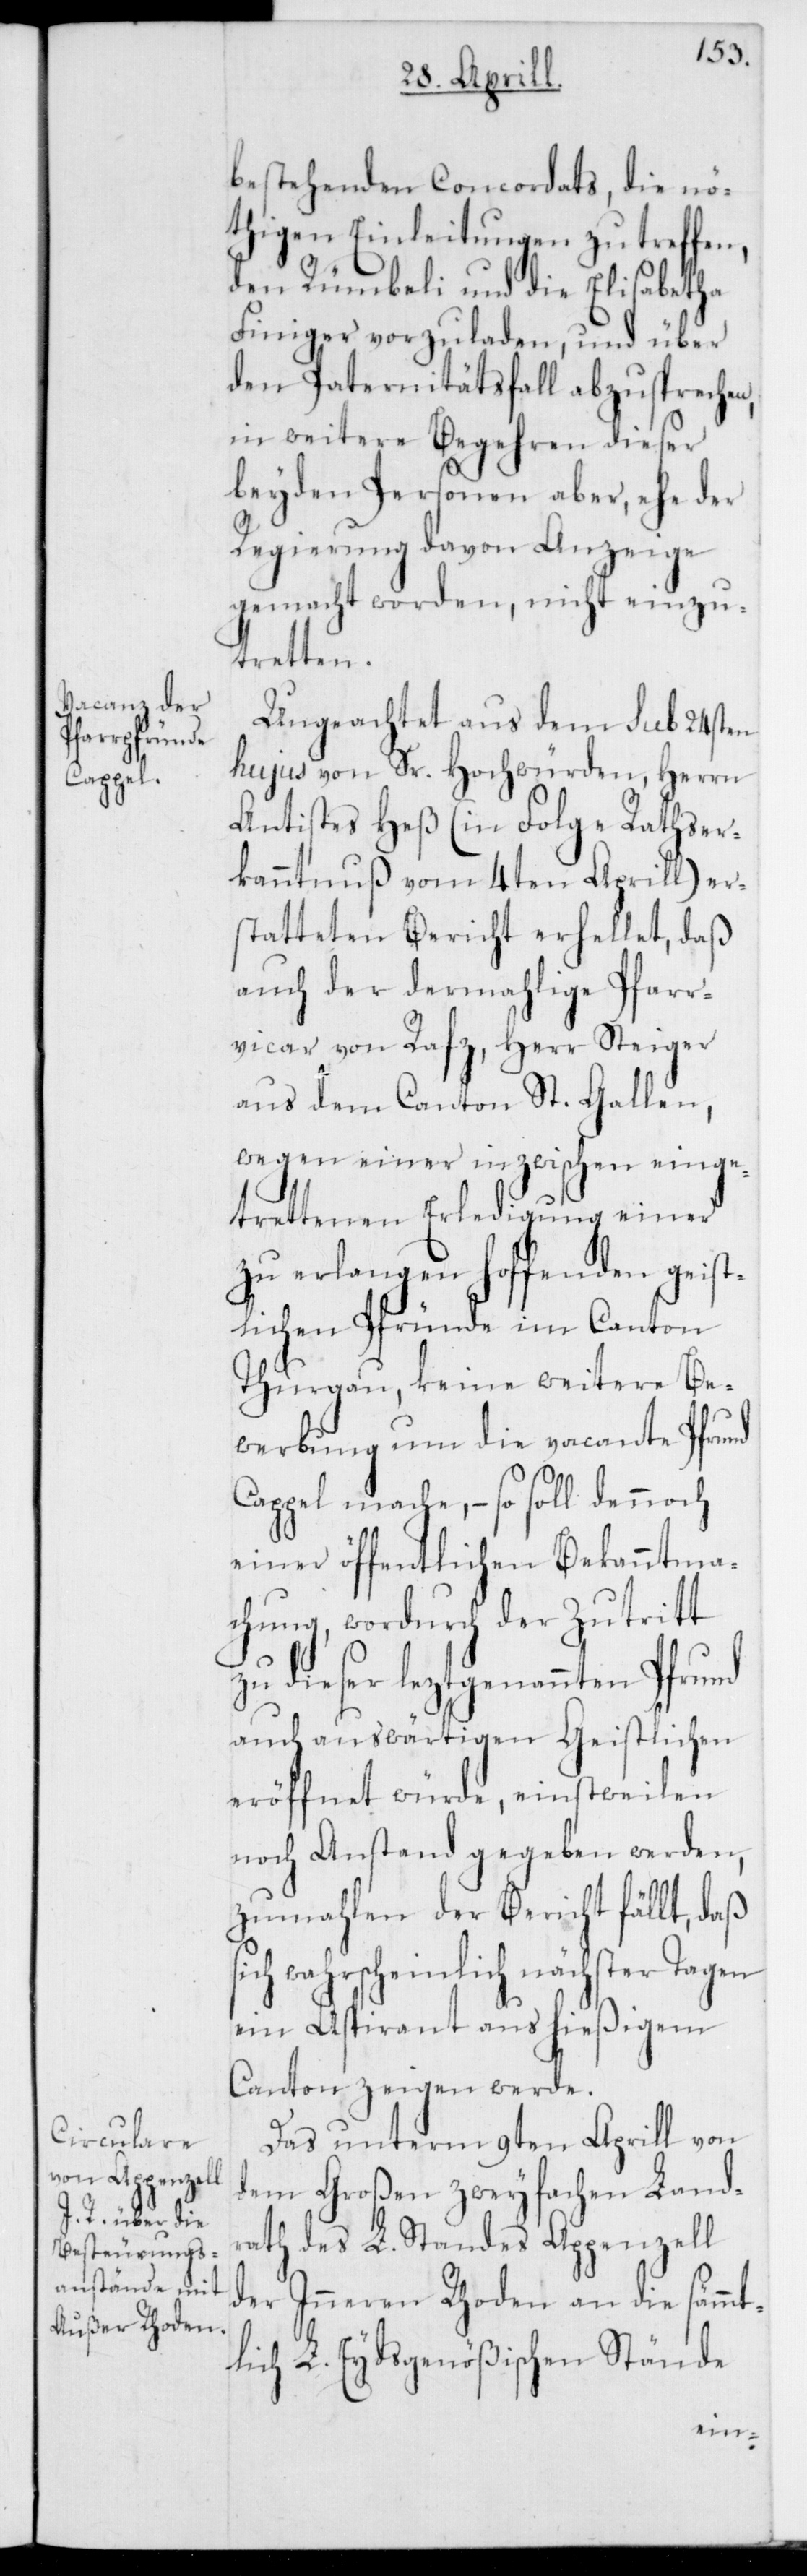
bestehenden Concordats, die nö¬
thigen Einleitungen zu treffen,
den Rümbeli und die Elisabetha
Finiger vorzuladen, und über
den Paternitätsfall abzusprechen,
in weitere Begehren dieser
beyden Personen aber, ehe der
Regierung davon Anzeige
gemacht worden, nicht einzu¬
tretten.
Ungeachtet aus dem sub 24sten
hujus von Sr. Hochwürden, Herrn
Antistes Heß (in Folge Rathser¬
kanntnuß vom 4ten Aprill) er¬
statteten Bericht erhellet, daß
auch der dermahlige Pfarr¬
vicar von Rafz, Herr Steiger
aus dem Canton St. Gallen,
wegen einer inzwischen einge¬
trettenen Erledigung einer
zu erlangen hoffenden geist¬
lichen Pfründe im Canton
Thurgau, keine weitere Be¬
werbung um die vacante Pfrund
Cappel mache, – so soll dennoch
einer öffentlichen Bekanntma¬
chung, wordurch der Zutritt
zu dieser leztgenannten Pfrund
auch auswärtigen Geistlichen
eröffnet würde, einstweilen
noch Anstand gegeben werden,
zumahlen der Bericht fällt, daß
sich wahrscheinlich nächster Tagen
ein Aspirant aus hießigem
Canton zeigen werde.
Das unterm 9ten Aprill von
dem Großen zweyfachen Land¬
rath des L. Standes Appenzell
der Inneren Rhoden an die sämmt¬
lich L. Eydsgenößischen Stände